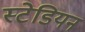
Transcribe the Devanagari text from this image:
स्टेडियन